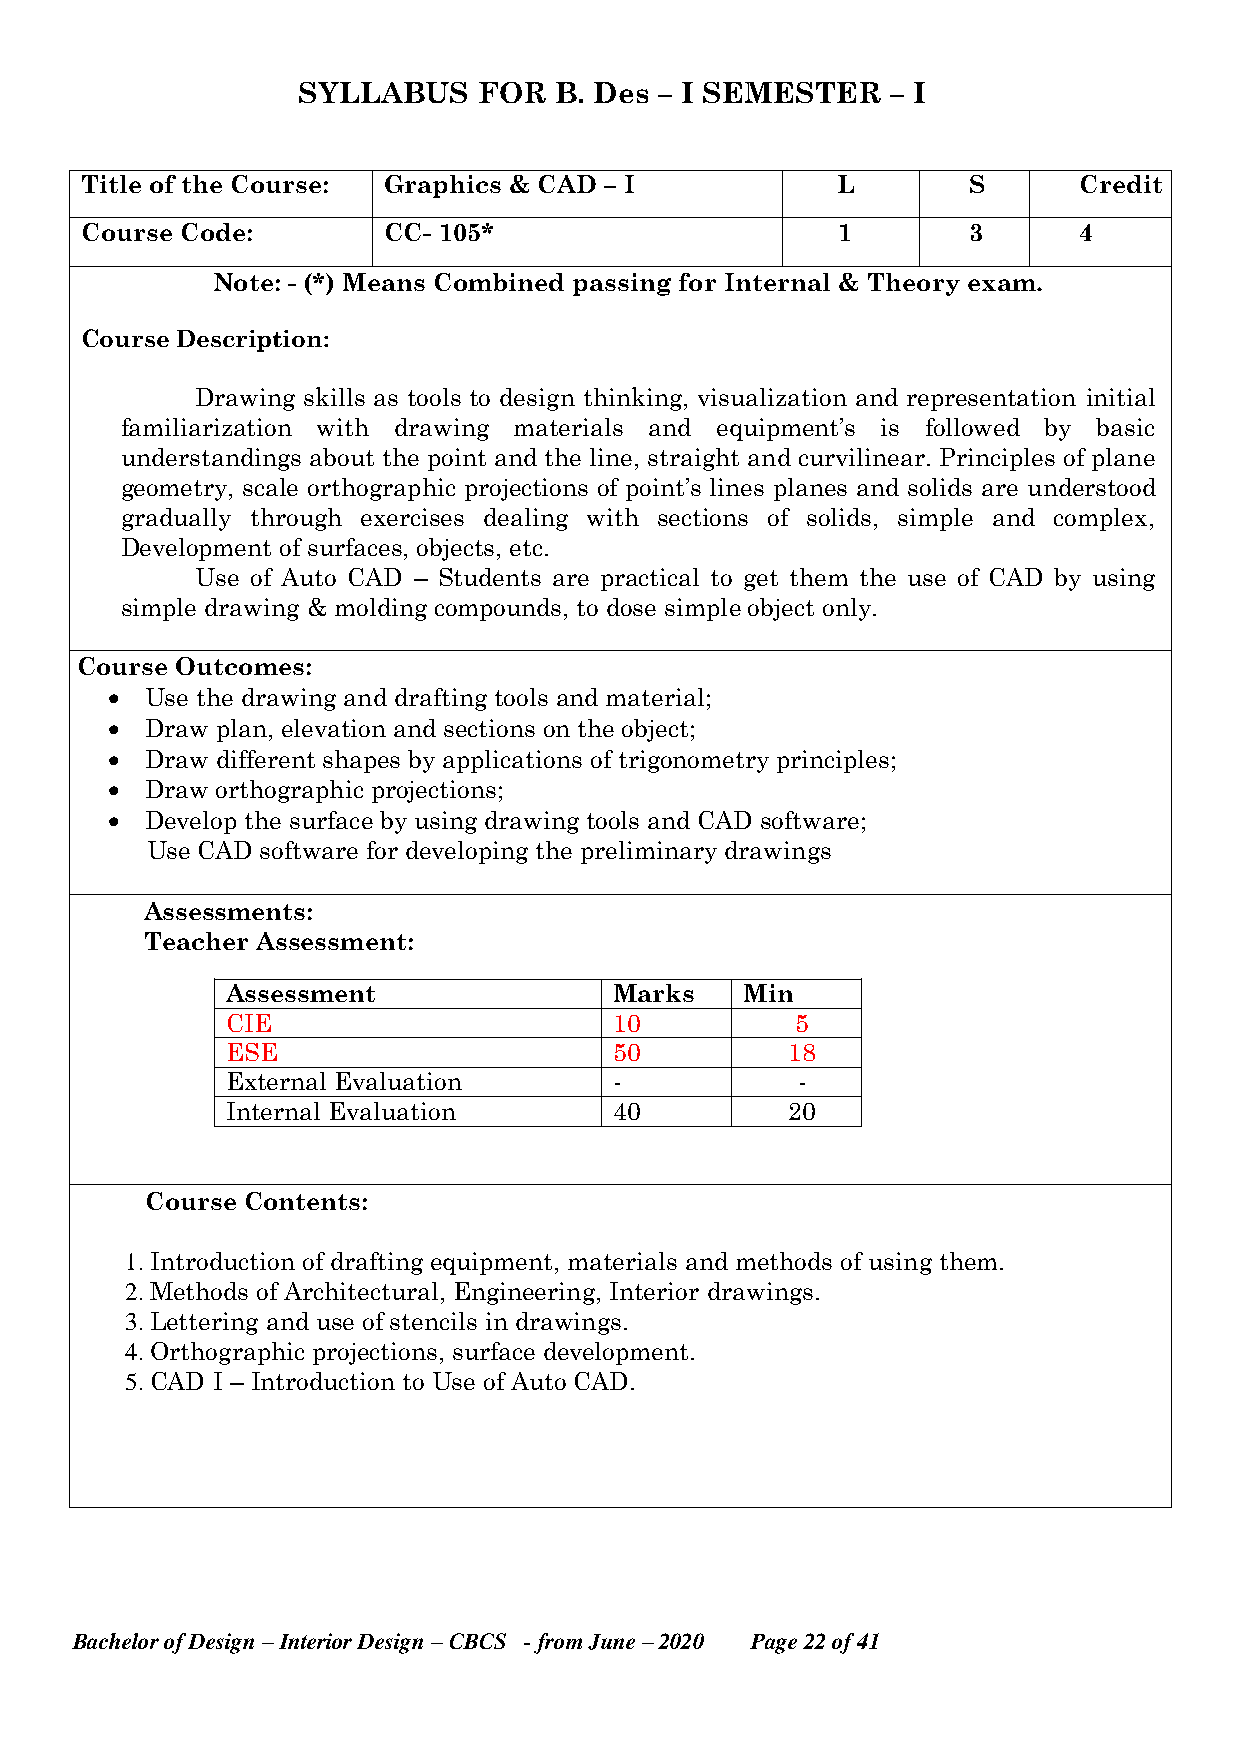
SYLLABUS    FOR  B. Des – I SEMESTER   – I
 Title of the Course: Graphics & CAD – I           L        S      Credit
 Course Code:        CC- 105*                      1        3      4
 Note: - (*) Means Combined passing for Internal & Theory exam.
 Course Description:
 Drawing skills as tools to design thinking, visualization and representation initial
 familiarization with drawing materials and equipment’s is followed by basic
 understandings about the point and the line, straight and curvilinear. Principles of plane
 geometry, scale orthographic projections of point’s lines planes and solids are understood
 gradually through exercises dealing with sections of solids, simple and complex,
 Development of surfaces, objects, etc.
 Use of Auto CAD – Students are practical to get them the use of CAD by using
 simple drawing & molding compounds, to dose simple object only.
 Course Outcomes:
   Use the drawing and drafting tools and material;
   Draw plan, elevation and sections on the object;
   Draw different shapes by applications of trigonometry principles;
   Draw orthographic projections;
   Develop the surface by using drawing tools and CAD software;
 Use CAD software for developing the preliminary drawings
 Assessments:
 Teacher Assessment:
 Assessment                Marks   Min
 CIE                       10          5
 ESE                       50         18
 External Evaluation       -           -
 Internal Evaluation       40         20
 Course Contents:
 1. Introduction of drafting equipment, materials and methods of using them.
 2. Methods of Architectural, Engineering, Interior drawings.
 3. Lettering and use of stencils in drawings.
 4. Orthographic projections, surface development.
 5. CAD I – Introduction to Use of Auto CAD.
 Bachelor of Design – Interior Design – CBCS - from June – 2020 Page 22 of 41